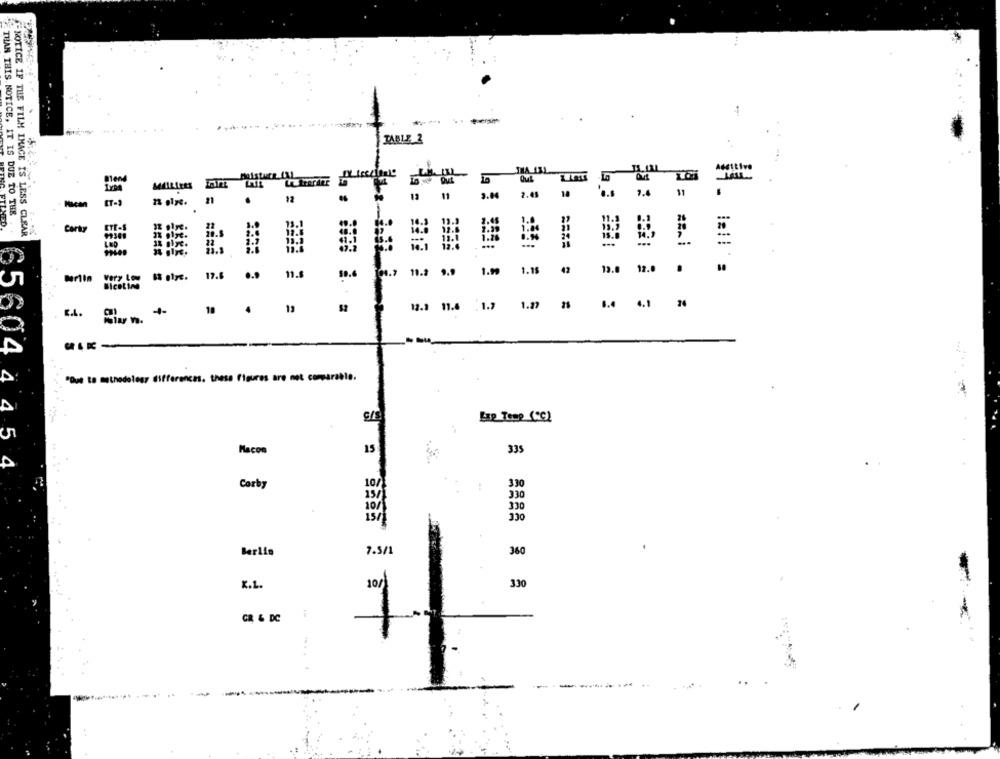
-
-
SINA 131
2.04
's
7.4
Nican
THAN THIS NOTICE, IT IS DUE TO THE
NOTICE IF THE FILM IMAGE IS LESS CLEAR
Certo
3221
.
00.7
1.2 9.9
1.99
1.15
42
13.0
12.0
.
Is olye.
17.6 ...
11.8
10.6
Bicatina
10
19
12.2 11.6
1.7
1.27
1.4 4.1 2
E.L.
--
65604
"Due to methodolesz differences. these Figures are not comparable.
Lap Temp (CC)
445
15
335
Macon
4
Corby
10/
330
157
330
10/
330
330
15/
Berlin
7.5/1
360
330
2.L.
10/
GR & DC